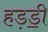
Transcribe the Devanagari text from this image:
हड़ॾी